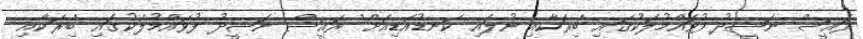
ރައީސް ނަޝީދު ފުވައްމުލަކުގައި 'ބިރަކާއި ނުލައި ކަނޑުއަޑިއަށް' ރައީސް ނަޝީދު ފުވައްމުލަކުގައި 'ބިރަކާއި